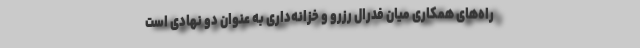
راه‌های همکاری میان فدرال رزرو و خزانه‌داری به عنوان دو نهادی است